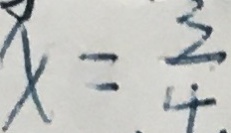
x = \frac { 3 } { 4 }